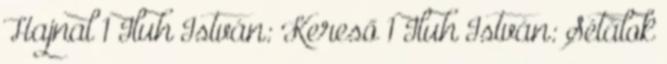
Hajnal 1 Iluh István: Kereső 1 Iluh István: Sétálok